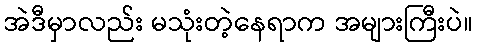
အဲဒီမှာလည်း မသုံးတဲ့နေရာက အများကြီးပဲ။